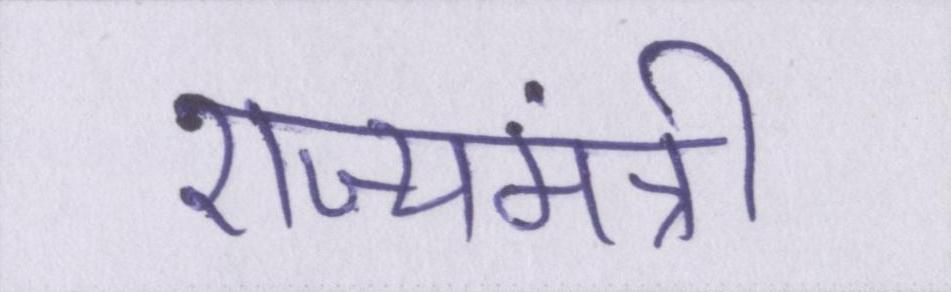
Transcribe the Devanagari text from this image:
राज्यमंत्री